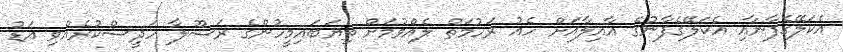
އެކަލޭގެފާނާއި އެކަލޭގެފާނުގެ އާއިލާއަށް ހެއު ރަހުމަތް ލެއްވުމަށް ތިޔަބައިމީހުންގެ ރަސޫލާ ހަދީސްކުރެއްވި އަޑު